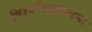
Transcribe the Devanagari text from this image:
विश्वविधालयमा